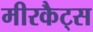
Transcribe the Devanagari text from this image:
मीरकैट्स